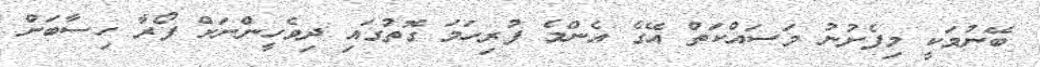
ބޭނުމަކީ މިފެށުނު މަސައްކަތް އޭގެ އެންމެ ފުރިހަމަ ގޮތުގައި ދިވެހީންނަށް ފޯރާ ހިސާބަށް